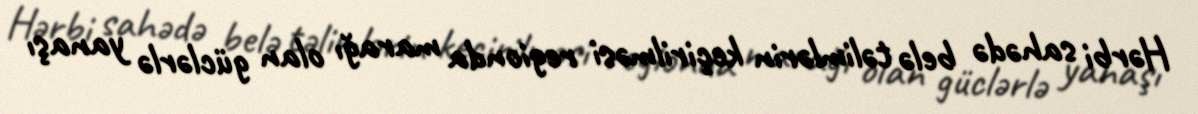
Hərbi sahədə belə təlimlərin keçirilməsi regionda marağı olan güclərlə yanaşı